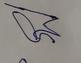
Signature authenticity: forged